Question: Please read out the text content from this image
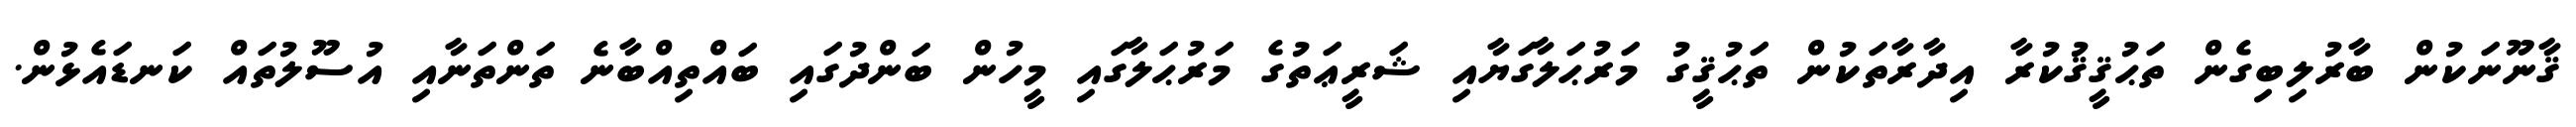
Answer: ޤާނޫނަކުން ބާރުލިބިގެން ތަޙުޤީޤުކުރާ އިދާރާތަކުން ތަޙުޤީގު މަރުޙަލާގަޔާއި ޝަރީޢަތުގެ މަރުޙަލާގައި މީހުން ބަންދުގައި ބައްތިއްބާނެ ތަންތަނާއި އުސޫލުތައް ކަނޑައެޅުން.